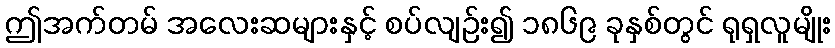
ဤအက်တမ် အလေးဆများနှင့် စပ်လျဉ်း၍ ၁၈၆၉ ခုနှစ်တွင် ရုရှလူမျိုး